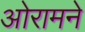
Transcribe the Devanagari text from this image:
ओरामने